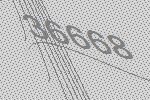
36668